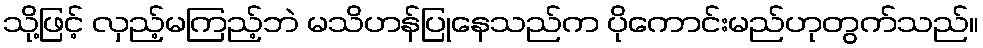
သို့ဖြင့် လှည့်မကြည့်ဘဲ မသိဟန်ပြုနေသည်က ပိုကောင်းမည်ဟုတွက်သည်။